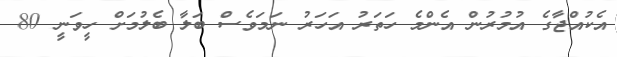
އެކުއްޖާގެ އުމުރުން އެންމެ ހަތަރު އަހަރު ނަމަވެސް ބަލާ ބެލުމަށް ހީވަނީ 80